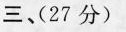
三、(27分)